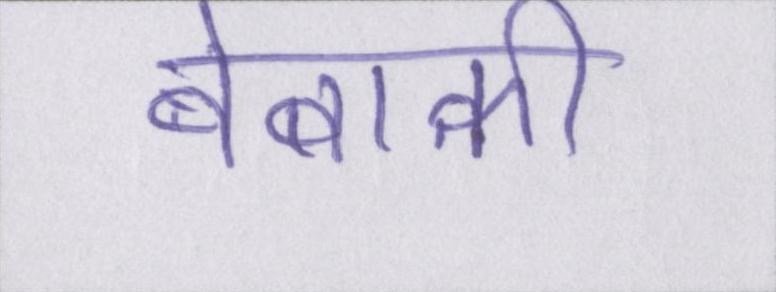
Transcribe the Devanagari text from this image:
बेबाकी